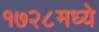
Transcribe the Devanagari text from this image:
१७२८मध्ये